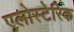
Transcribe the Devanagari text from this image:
एलोस्टेरिक